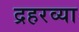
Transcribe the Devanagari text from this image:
द्रहरव्या